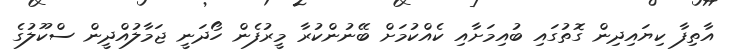
އާތިފާ ކިޔައިދިން ގޮތުގައި ބުއިމަށާއި ކެއްކުމަށް ބޭނުންކުރާ މީރުފެން ހޯދަނީ ޖަމާލުއްދީން ސްކޫލުގެ